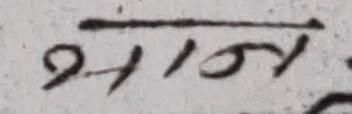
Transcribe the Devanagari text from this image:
भान